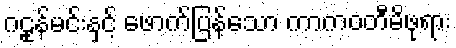
ဂဠုန်မင်းနှင့် ဖောက်ပြန်သော ကာကဝတီမိဖုရား